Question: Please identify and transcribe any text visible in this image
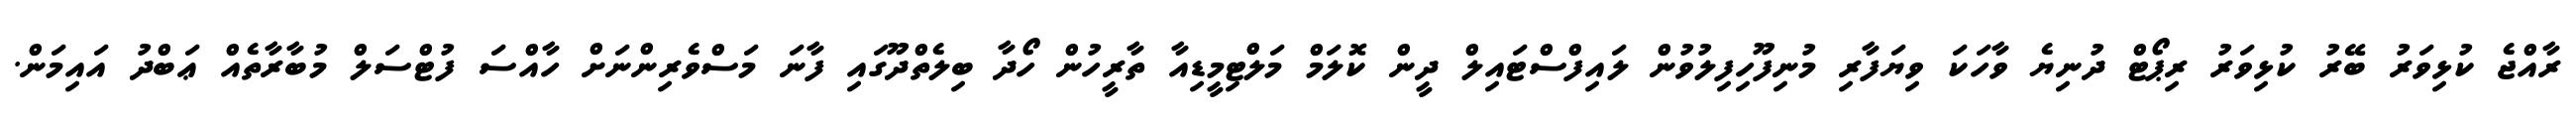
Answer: ރާއްޖެ ކުޅިވަރު ބޭރު ކުޅިވަރު ރިޕޯޓް ދުނިޔެ ވާހަކަ ވިޔަފާރި މުނިފޫހިފިލުވުން ލައިފްސްޓައިލް ދީން ކޮލަމް މަލްޓިމީޑިއާ ތާރީހުން ހޯދާ ބިލެތްދޫގައި ފާނަ މަސްވެރިންނަށް ހާއްސަ ފުޓްސަލް މުބާރާތެއް ޢަބްދު އައިމަން.